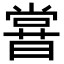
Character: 𣋈